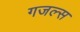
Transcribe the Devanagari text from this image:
गजल्स